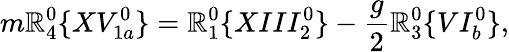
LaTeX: m\mathbb{R}_{4}^{0}\{ XV_{1a}^{0}\} =\mathbb{R}_{1}^{0}\{ XIII_{2}^{0}\} -\frac{{g}}{{2}}\mathbb{R}_{3}^{0}\{ VI_{b}^{0}\} ,